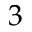
3